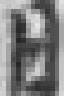
日